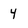
Character: 4